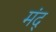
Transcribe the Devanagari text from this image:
मंद्